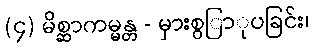
(၄) မိစ္ဆာကမ္မန္တ - မှားစွြာုပခြင်း၊